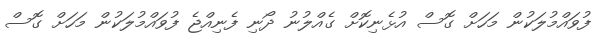
ފުވައްމުލަކުން މަހަށް ގޮސް އުޅެނިކޮށް ގެއްލުނު ދޯނި ފެނިއްޖެ ފުވައްމުލަކުން މަހަށް ގޮސް